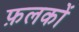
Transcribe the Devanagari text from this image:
फ़लकों